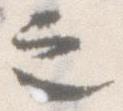
之